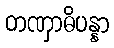
တဏှာဓိပန္နာ